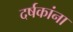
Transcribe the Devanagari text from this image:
दर्षकांना